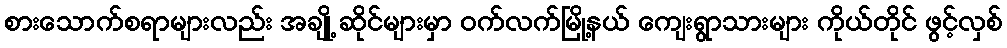
စားသောက်စရာများလည်း အချို့ ဆိုင်များမှာ ဝက်လက်မြို့နယ် ကျေးရွာသားများ ကိုယ်တိုင် ဖွင့်လှစ်